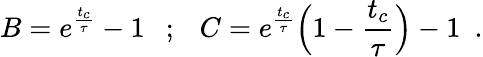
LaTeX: B=e^{\frac{t_{c}}{\tau}}-1~~~;~~~C=e^{\frac{t_{c}}{\tau}}\Big(1-\frac{t_{c}}{\tau}\Big)-1~~.